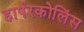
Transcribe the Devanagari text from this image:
हार्परकोलिंस